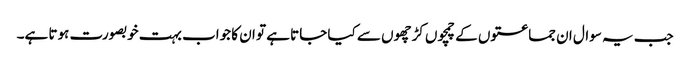
جب یہ سوال ان جماعتوں کے چمچوں کڑچھوں سے کیا جاتا ہے تو ان کا جواب بہت خوبصورت ہوتا ہے۔